Report on lock hospitals in British Burma
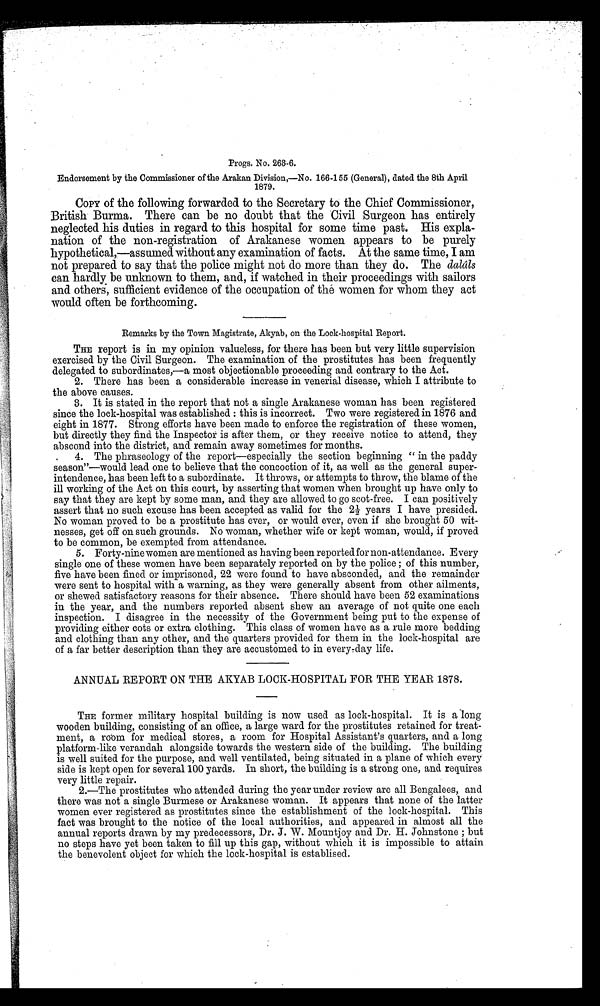
Progs. No. 263-6.
Endorsement by the Commissioner of the Arakan Division,—No. 166-155 (General), dated the 8th April
1879.
COPY of the following forwarded to the Secretary to the Chief Commissioner,
British Burma. There can be no doubt that the Civil Surgeon has entirely
neglected his duties in regard to this hospital for some time past. His expla-
nation of the non-registration of Arakanese women appears to be purely
hypothetical,—assumed without any examination of facts. At the same time, I am
not prepared to say that the police might not do more than they do. The dalâls
can hardly be unknown to them, and, if watched in their proceedings with sailors
and others, sufficient evidence of the occupation of the women for whom they act
would often be forthcoming.
Remarks by the Town Magistrate, Akyab, on the Lock-hospital Report.
THE report is in my opinion valueless, for there has been but very little supervision
exercised by the Civil Surgeon. The examination of the prostitutes has been frequently
delegated to subordinates,—a most objectionable proceeding and contrary to the Act.
2. There has been a considerable increase in venereal disease, which I attribute to
the above causes.
3. It is stated in the report that not a single Arakanese woman has been registered
since the lock-hospital was established : this is incorrect. Two were registered in 1876 and
eight in 1877. Strong efforts have been made to enforce the registration of these women,
but directly they find the Inspector is after them, or they receive notice to attend, they
abscond into the district, and remain away sometimes for months.
. 4. The phraseology of the report—especially the section beginning "in the paddy
season"—would lead one to believe that the concoction of it, as well as the general super-
intendence, has been left to a subordinate. It throws, or attempts to throw, the blame of the
ill working of the Act on this court, by asserting that women when brought up have only to
say that they are kept by some man, and they are allowed to go scot-free. I can positively
assert that no such excuse has been accepted as valid for the 2½ years I have presided.
No woman proved to be a prostitute has ever, or would ever, even if she brought 50 wit-
nesses, get off on such grounds. No woman, whether wife or kept woman, would, if proved
to be common, be exempted from attendance.
5. Forty-nine women are mentioned as having been reported for non-attendance. Every
single one of these women have been separately reported on by the police ; of this number,
five have been fined or imprisoned, 22 were found to have absconded, and the remainder
were sent to hospital with a warning, as they were generally absent from other ailments,
or shewed satisfactory reasons for their absence. There should have been 52 examinations
in the year, and the numbers reported absent shew an average of not quite one each
inspection. I disagree in the necessity of the Government being put to the expense of
providing either cots or extra clothing. This class of women have as a rule more bedding
and clothing than any other, and the quarters provided for them in the lock-hospital are
of a far better description than they are accustomed to in every-day life.
ANNUAL REPORT ON THE AKYAB LOCK-HOSPITAL FOR THE YEAR 1878.
THE former military hospital building is now used as lock-hospital. It is a long
wooden building, consisting of an office, a large ward for the prostitutes retained for treat-
ment, a room for medical stores, a room for Hospital Assistant's quarters, and a long
platform-like verandah alongside towards the western side of the building. The building
is well suited for the purpose, and well ventilated, being situated in a plane of which every
side is kept open for several 100 yards. In short, the building is a strong one, and requires
very little repair.
2.—The prostitutes who attended during the year under review are all Bengalees, and
there was not a single Burmese or Arakanese woman. It appears that none of the latter
women ever registered as prostitutes since the establishment of the lock-hospital. This
fact was brought to the notice of the local authorities, and appeared in almost all the
annual reports drawn by my predecessors, Dr. J. W. Mountjoy and Dr. H. Johnstone ; but
no steps have yet been taken to fill up this gap, without which it is impossible to attain
the benevolent object for which the lock-hospital is establised.